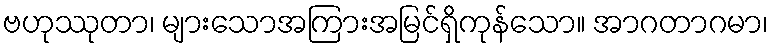
ဗဟုဿုတာ၊ များသောအကြားအမြင်ရှိကုန်သော။ အာဂတာဂမာ၊